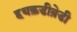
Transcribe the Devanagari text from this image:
हथक़डीब़ेडी